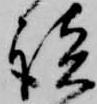
談